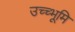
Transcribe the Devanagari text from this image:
उच्च्भूमि